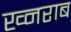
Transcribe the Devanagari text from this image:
ख्नराब